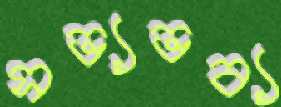
সভ্যভব্য